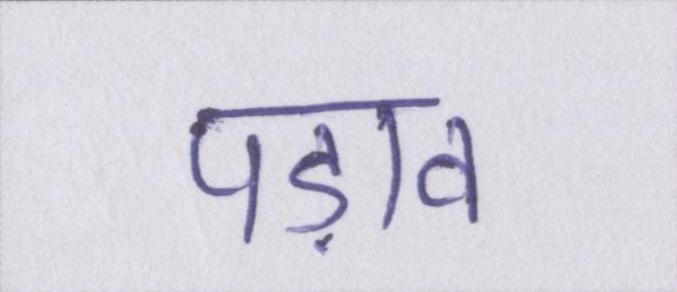
पड़ाव